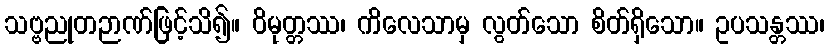
သဗ္ဗညုတဉာဏ်ဖြင့်သိ၍။ ဝိမုတ္တဿ၊ ကိလေသာမှ လွတ်သော စိတ်ရှိသော။ ဥပသန္တဿ၊